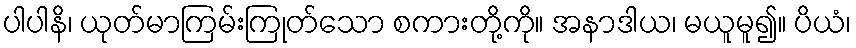
ပါပါနိ၊ ယုတ်မာကြမ်းကြုတ်သော စကားတို့ကို။ အနာဒါယ၊ မယူမူ၍။ ပိယံ၊